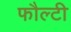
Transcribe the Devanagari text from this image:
फौल्टी